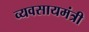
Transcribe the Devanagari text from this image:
व्यवसायमंत्री